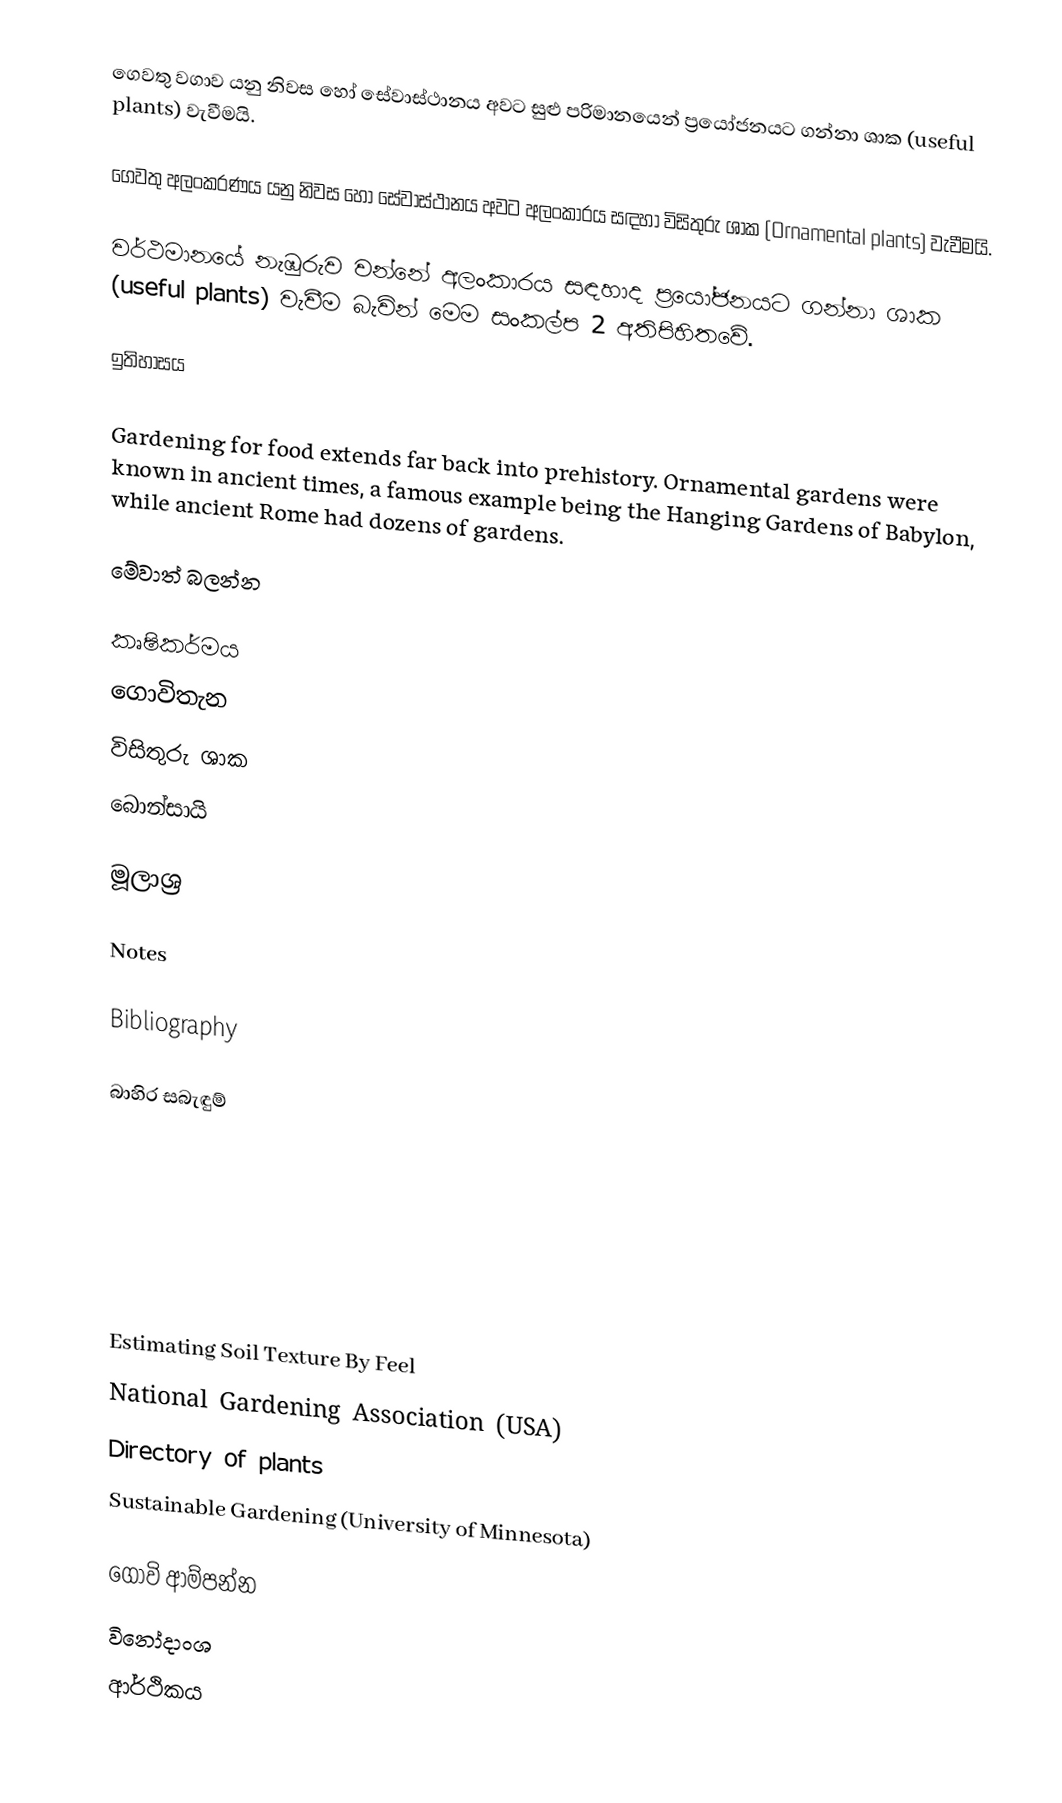
ගෙවතු වගාව යනු නිවස හෝ සේවාස්ථානය අවට සුළු පරිමානයෙන් ප්‍රයෝජනයට ගන්නා ශාක (useful plants) වැවීමයි.

ගෙවතු අලංකරණය යනු නිවස හෝ සේවාස්ථානය අවට අලංකාරය සඳහා විසිතුරු ශාක  (Ornamental plants) වැවීමයි.

වර්ථමානයේ නැඹුරුව වන්නේ අලංකාරය සඳහාද ප්‍රයෝජනයට ගන්නා ශාක (useful plants) වැවීම බැවින් මෙම සංකල්ප 2 අතිපිහිතවේ.

ඉතිහාසය

Gardening for food extends far back into prehistory. Ornamental gardens were known in ancient times, a famous example being the Hanging Gardens of Babylon, while ancient Rome had dozens of gardens.

මේවාත් බලන්න

 කෘෂිකර්මය
 ගොවිතැන
 විසිතුරු ශාක
 බොන්සායි

මූලාශ්‍ර

Notes

Bibliography

බාහිර සබැඳුම්

Estimating Soil Texture By Feel
National Gardening Association (USA)
Directory of plants
Sustainable Gardening (University of Minnesota)

ගොවි ආම්පන්න
විනෝදාංශ
ආර්ථිකය